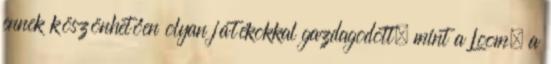
ennek köszönhetően olyan játékokkal gazdagodott, mint a Loom, a